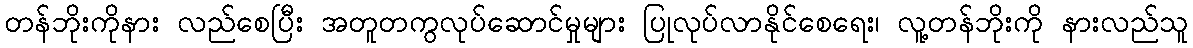
တန်ဘိုးကိုနား လည်စေပြီး အတူတကွလုပ်ဆောင်မှုများ ပြုလုပ်လာနိုင်စေရေး၊ လူ့တန်ဘိုးကို နားလည်သူ